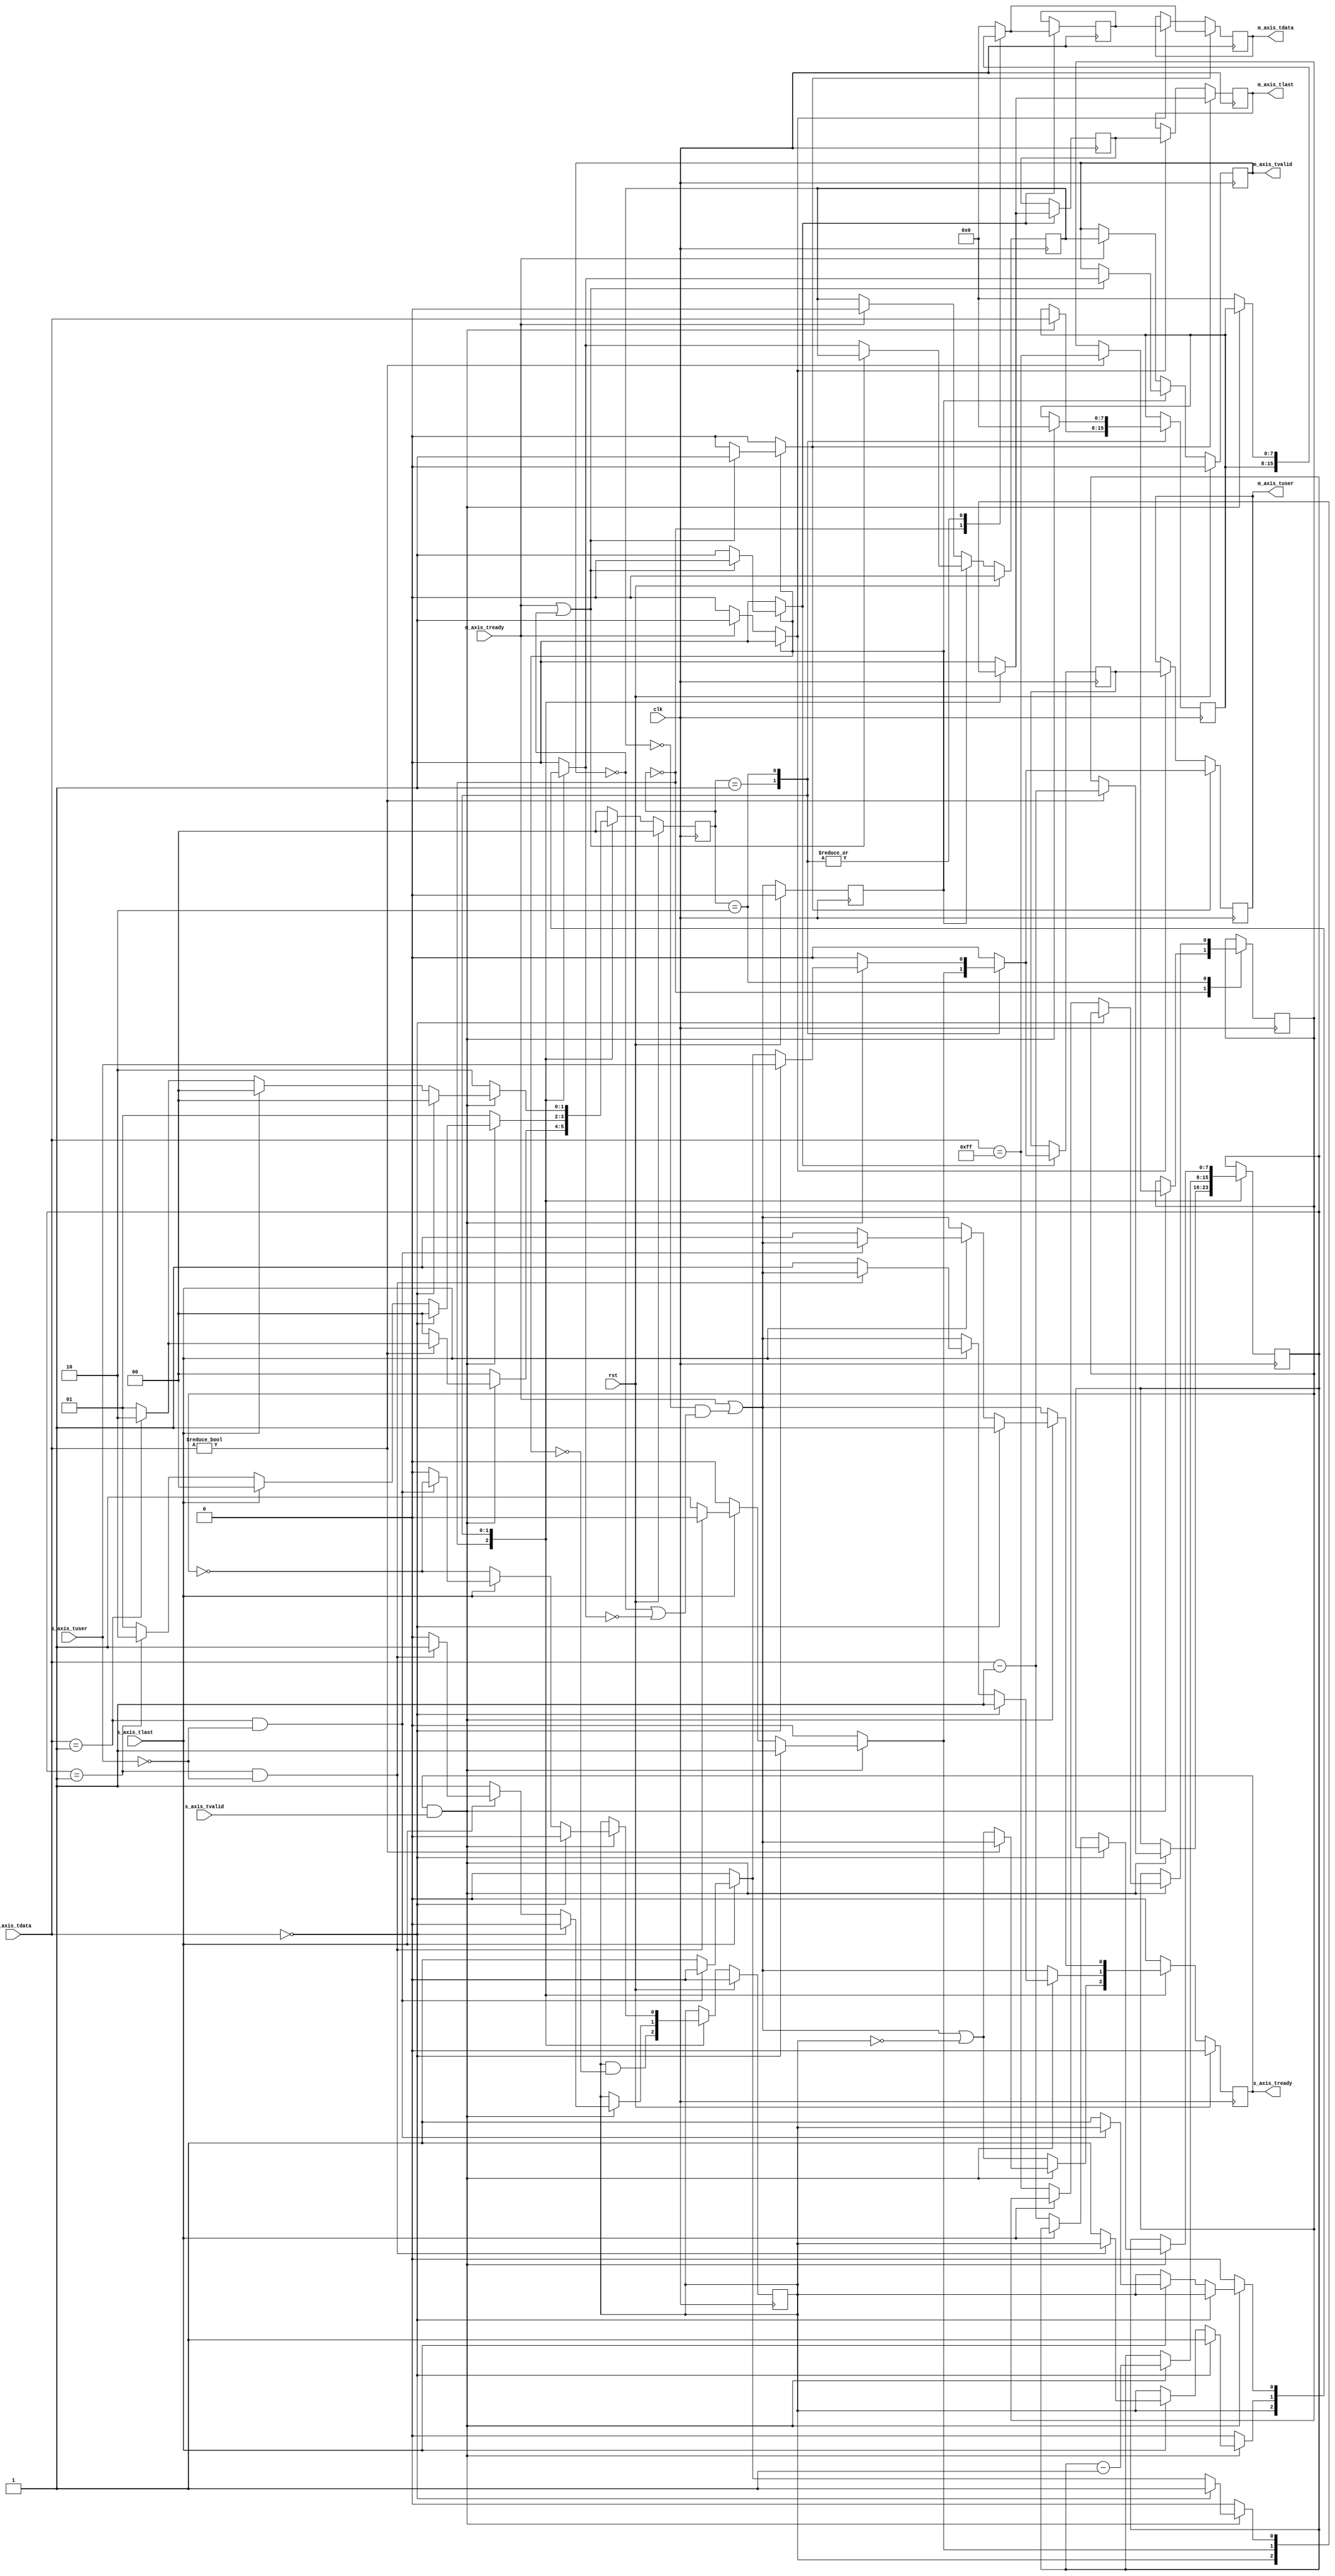
/*

Copyright (c) 2016-2018 Alex Forencich

Permission is hereby granted, free of charge, to any person obtaining a copy
of this software and associated documentation files (the "Software"), to deal
in the Software without restriction, including without limitation the rights
to use, copy, modify, merge, publish, distribute, sublicense, and/or sell
copies of the Software, and to permit persons to whom the Software is
furnished to do so, subject to the following conditions:

The above copyright notice and this permission notice shall be included in
all copies or substantial portions of the Software.

THE SOFTWARE IS PROVIDED "AS IS", WITHOUT WARRANTY OF ANY KIND, EXPRESS OR
IMPLIED, INCLUDING BUT NOT LIMITED TO THE WARRANTIES OF MERCHANTABILITY
FITNESS FOR A PARTICULAR PURPOSE AND NONINFRINGEMENT. IN NO EVENT SHALL THE
AUTHORS OR COPYRIGHT HOLDERS BE LIABLE FOR ANY CLAIM, DAMAGES OR OTHER
LIABILITY, WHETHER IN AN ACTION OF CONTRACT, TORT OR OTHERWISE, ARISING FROM,
OUT OF OR IN CONNECTION WITH THE SOFTWARE OR THE USE OR OTHER DEALINGS IN
THE SOFTWARE.

*/

// Language: Verilog 2001

`timescale 1ns / 1ps

/*
 * AXI4-Stream consistent overhead byte stuffing (COBS) decoder
 */
module axis_cobs_decode
(
    input  wire        clk,
    input  wire        rst,

    /*
     * AXI input
     */
    input  wire [7:0]  s_axis_tdata,
    input  wire        s_axis_tvalid,
    output wire        s_axis_tready,
    input  wire        s_axis_tlast,
    input  wire        s_axis_tuser,

    /*
     * AXI output
     */
    output wire [7:0]  m_axis_tdata,
    output wire        m_axis_tvalid,
    input  wire        m_axis_tready,
    output wire        m_axis_tlast,
    output wire        m_axis_tuser
);

// state register
localparam [1:0]
    STATE_IDLE = 2'd0,
    STATE_SEGMENT = 2'd1,
    STATE_NEXT_SEGMENT = 2'd2;

reg [1:0] state_reg = STATE_IDLE, state_next;

reg [7:0] count_reg = 8'd0, count_next;
reg suppress_zero_reg = 1'b0, suppress_zero_next;

reg [7:0] temp_tdata_reg = 8'd0, temp_tdata_next;
reg temp_tvalid_reg = 1'b0, temp_tvalid_next;

// internal datapath
reg [7:0] m_axis_tdata_int;
reg       m_axis_tvalid_int;
reg       m_axis_tready_int_reg = 1'b0;
reg       m_axis_tlast_int;
reg       m_axis_tuser_int;
wire      m_axis_tready_int_early;

reg s_axis_tready_reg = 1'b0, s_axis_tready_next;

assign s_axis_tready = s_axis_tready_reg;

always @* begin
    state_next = STATE_IDLE;

    count_next = count_reg;
    suppress_zero_next = suppress_zero_reg;

    temp_tdata_next = temp_tdata_reg;
    temp_tvalid_next = temp_tvalid_reg;

    m_axis_tdata_int = 8'd0;
    m_axis_tvalid_int = 1'b0;
    m_axis_tlast_int = 1'b0;
    m_axis_tuser_int = 1'b0;

    s_axis_tready_next = 1'b0;

    case (state_reg)
        STATE_IDLE: begin
            // idle state
            s_axis_tready_next = m_axis_tready_int_early || !temp_tvalid_reg;

            // output final word
            m_axis_tdata_int = temp_tdata_reg;
            m_axis_tvalid_int = temp_tvalid_reg;
            m_axis_tlast_int = temp_tvalid_reg;
            temp_tvalid_next = temp_tvalid_reg && !m_axis_tready_int_reg;

            if (s_axis_tready && s_axis_tvalid) begin
                // valid input data
                // skip any leading zeros
                if (s_axis_tdata != 8'd0) begin
                    // store count value and zero suppress
                    count_next = s_axis_tdata-1;
                    suppress_zero_next = (s_axis_tdata == 8'd255);
                    s_axis_tready_next = m_axis_tready_int_early;
                    if (s_axis_tdata == 8'd1) begin
                        // next byte will be count value
                        state_next = STATE_NEXT_SEGMENT;
                    end else begin
                        // next byte will be data
                        state_next = STATE_SEGMENT;
                    end
                end else begin
                    state_next = STATE_IDLE;
                end
            end else begin
                state_next = STATE_IDLE;
            end
        end
        STATE_SEGMENT: begin
            // receive segment
            s_axis_tready_next = m_axis_tready_int_early;

            if (s_axis_tready && s_axis_tvalid) begin
                // valid input data
                // store in temp register
                temp_tdata_next = s_axis_tdata;
                temp_tvalid_next = 1'b1;
                // move temp to output
                m_axis_tdata_int = temp_tdata_reg;
                m_axis_tvalid_int = temp_tvalid_reg;
                // decrement count
                count_next = count_reg - 1;
                if (s_axis_tdata == 8'd0) begin
                    // got a zero byte in a frame - mark it as an error and re-sync
                    temp_tvalid_next = 1'b0;
                    m_axis_tvalid_int = 1'b1;
                    m_axis_tuser_int = 1'b1;
                    m_axis_tlast_int = 1'b1;
                    s_axis_tready_next = 1'b1;
                    state_next = STATE_IDLE;
                end else if (s_axis_tlast) begin
                    // end of frame
                    if (count_reg == 8'd1 && !s_axis_tuser) begin
                        // end of frame indication at correct time, go to idle to output final byte
                        state_next = STATE_IDLE;
                    end else begin
                        // end of frame indication at invalid time or tuser assert, so mark as an error and re-sync
                        temp_tvalid_next = 1'b0;
                        m_axis_tvalid_int = 1'b1;
                        m_axis_tuser_int = 1'b1;
                        m_axis_tlast_int = 1'b1;
                        s_axis_tready_next = 1'b1;
                        state_next = STATE_IDLE;
                    end
                end else if (count_reg == 8'd1) begin
                    // next byte will be count value
                    state_next = STATE_NEXT_SEGMENT;
                end else begin
                    // next byte will be data
                    state_next = STATE_SEGMENT;
                end
            end else begin
                state_next = STATE_SEGMENT;
            end
        end
        STATE_NEXT_SEGMENT: begin
            // next segment
            s_axis_tready_next = m_axis_tready_int_early;

            if (s_axis_tready && s_axis_tvalid) begin
                // valid input data
                // store zero in temp if not suppressed
                temp_tdata_next = 8'd0;
                temp_tvalid_next = !suppress_zero_reg;
                // move temp to output
                m_axis_tdata_int = temp_tdata_reg;
                m_axis_tvalid_int = temp_tvalid_reg;
                if (s_axis_tdata == 8'd0) begin
                    // got a zero byte delineating the end of the frame, so mark as such and re-sync
                    temp_tvalid_next = 1'b0;
                    m_axis_tuser_int = s_axis_tuser;
                    m_axis_tlast_int = 1'b1;
                    s_axis_tready_next = 1'b1;
                    state_next = STATE_IDLE;
                end else if (s_axis_tlast) begin
                    if (s_axis_tdata == 8'd1 && !s_axis_tuser) begin
                        // end of frame indication at correct time, go to idle to output final byte
                        state_next = STATE_IDLE;
                    end else begin
                        // end of frame indication at invalid time or tuser assert, so mark as an error and re-sync
                        temp_tvalid_next = 1'b0;
                        m_axis_tvalid_int = 1'b1;
                        m_axis_tuser_int = 1'b1;
                        m_axis_tlast_int = 1'b1;
                        s_axis_tready_next = 1'b1;
                        state_next = STATE_IDLE;
                    end
                end else begin
                    // otherwise, store count value and zero suppress
                    count_next = s_axis_tdata-1;
                    suppress_zero_next = (s_axis_tdata == 8'd255);
                    s_axis_tready_next = m_axis_tready_int_early;
                    if (s_axis_tdata == 8'd1) begin
                        // next byte will be count value
                        state_next = STATE_NEXT_SEGMENT;
                    end else begin
                        // next byte will be data
                        state_next = STATE_SEGMENT;
                    end
                end
            end else begin
                state_next = STATE_NEXT_SEGMENT;
            end
        end
    endcase
end

always @(posedge clk) begin
    if (rst) begin
        state_reg <= STATE_IDLE;
        temp_tvalid_reg <= 1'b0;
        s_axis_tready_reg <= 1'b0;
    end else begin
        state_reg <= state_next;
        temp_tvalid_reg <= temp_tvalid_next;
        s_axis_tready_reg <= s_axis_tready_next;
    end

    temp_tdata_reg <= temp_tdata_next;

    count_reg <= count_next;
    suppress_zero_reg <= suppress_zero_next;
end

// output datapath logic
reg [7:0] m_axis_tdata_reg = 8'd0;
reg       m_axis_tvalid_reg = 1'b0, m_axis_tvalid_next;
reg       m_axis_tlast_reg = 1'b0;
reg       m_axis_tuser_reg = 1'b0;

reg [7:0] temp_m_axis_tdata_reg = 8'd0;
reg       temp_m_axis_tvalid_reg = 1'b0, temp_m_axis_tvalid_next;
reg       temp_m_axis_tlast_reg = 1'b0;
reg       temp_m_axis_tuser_reg = 1'b0;

// datapath control
reg store_axis_int_to_output;
reg store_axis_int_to_temp;
reg store_axis_temp_to_output;

assign m_axis_tdata = m_axis_tdata_reg;
assign m_axis_tvalid = m_axis_tvalid_reg;
assign m_axis_tlast = m_axis_tlast_reg;
assign m_axis_tuser = m_axis_tuser_reg;

// enable ready input next cycle if output is ready or the temp reg will not be filled on the next cycle (output reg empty or no input)
assign m_axis_tready_int_early = m_axis_tready || (!temp_m_axis_tvalid_reg && (!m_axis_tvalid_reg || !m_axis_tvalid_int));

always @* begin
    // transfer sink ready state to source
    m_axis_tvalid_next = m_axis_tvalid_reg;
    temp_m_axis_tvalid_next = temp_m_axis_tvalid_reg;

    store_axis_int_to_output = 1'b0;
    store_axis_int_to_temp = 1'b0;
    store_axis_temp_to_output = 1'b0;

    if (m_axis_tready_int_reg) begin
        // input is ready
        if (m_axis_tready || !m_axis_tvalid_reg) begin
            // output is ready or currently not valid, transfer data to output
            m_axis_tvalid_next = m_axis_tvalid_int;
            store_axis_int_to_output = 1'b1;
        end else begin
            // output is not ready, store input in temp
            temp_m_axis_tvalid_next = m_axis_tvalid_int;
            store_axis_int_to_temp = 1'b1;
        end
    end else if (m_axis_tready) begin
        // input is not ready, but output is ready
        m_axis_tvalid_next = temp_m_axis_tvalid_reg;
        temp_m_axis_tvalid_next = 1'b0;
        store_axis_temp_to_output = 1'b1;
    end
end

always @(posedge clk) begin
    if (rst) begin
        m_axis_tvalid_reg <= 1'b0;
        m_axis_tready_int_reg <= 1'b0;
        temp_m_axis_tvalid_reg <= 1'b0;
    end else begin
        m_axis_tvalid_reg <= m_axis_tvalid_next;
        m_axis_tready_int_reg <= m_axis_tready_int_early;
        temp_m_axis_tvalid_reg <= temp_m_axis_tvalid_next;
    end

    // datapath
    if (store_axis_int_to_output) begin
        m_axis_tdata_reg <= m_axis_tdata_int;
        m_axis_tlast_reg <= m_axis_tlast_int;
        m_axis_tuser_reg <= m_axis_tuser_int;
    end else if (store_axis_temp_to_output) begin
        m_axis_tdata_reg <= temp_m_axis_tdata_reg;
        m_axis_tlast_reg <= temp_m_axis_tlast_reg;
        m_axis_tuser_reg <= temp_m_axis_tuser_reg;
    end

    if (store_axis_int_to_temp) begin
        temp_m_axis_tdata_reg <= m_axis_tdata_int;
        temp_m_axis_tlast_reg <= m_axis_tlast_int;
        temp_m_axis_tuser_reg <= m_axis_tuser_int;
    end
end

endmodule